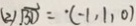
( 2 ) \overrightarrow { B D } = \cdot ( - 1 , 1 , 0 )